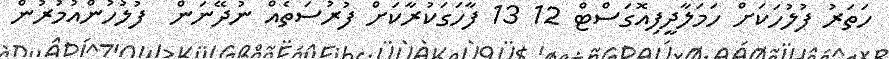
ހަތަރު ފުލުހަކަށް ހަމަލާދީފިއޮގަސްޓް 12 13 ފާހަގަކުރާކަށް ފުރުސަތެއް ނުދޭނަން  ފުލުހުންއުމުރުން